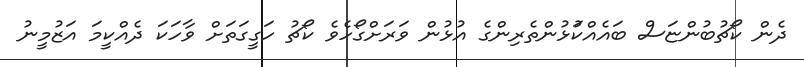
ދެން ކޯޗުބުންޏަސް ބައެއްކުަޅުންތެރިންގެ އުޅުން ވަރަށްގޯހެވެ ކޯޗު ހަގީގަތަށް ވާހަކަ ދެއްކީމަ އަޒުމީނު